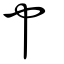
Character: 肀